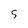
Character: s